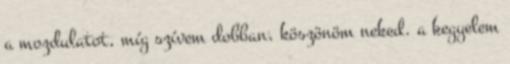
a mozdulatot, míg szívem dobban, köszönöm neked. a kegyelem